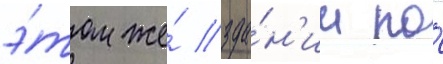
э́том же́ зда́н'ии по́